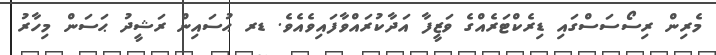
މެރިން ރިސޯސަސްގައި ޑިރެކްޓަރެއްގެ ވަޒީފާ އަދާކުރައްވާފައިވެއެވެ. ޑރ ޙުސައިން ރަޝީދު ޙަސަން މިހާރު